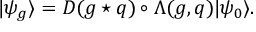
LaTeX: | \psi _ { g } \rangle = D ( g \star q ) \circ \Lambda ( g , q ) | \psi _ { 0 } \rangle .